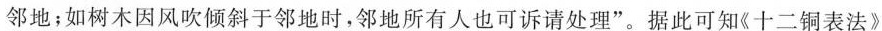
邻地；如树木因风吹倾斜于邻地时，邻地所有人也可诉请处理”。据此可知《十二铜表法》